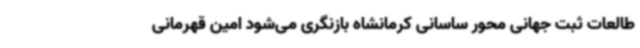
طالعات ثبت جهانی محور ساسانی کرمانشاه بازنگری می‌شود امین قهرمانی